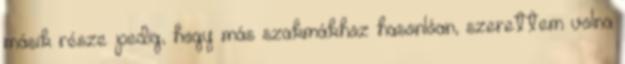
másik része pedig, hogy más szakmákhoz hasonlóan, szerettem volna